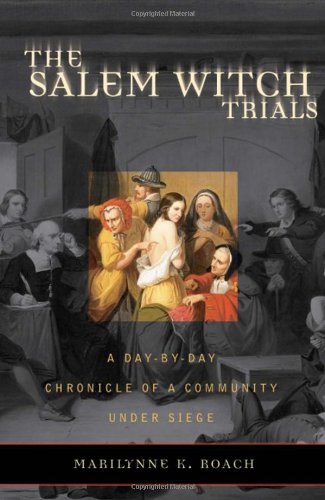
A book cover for The Salem Witch Trials: A Day-by-Day Chronicle of a Community Under Siege; Marilynne K. Roach; History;